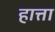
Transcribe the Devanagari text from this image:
हात्ता